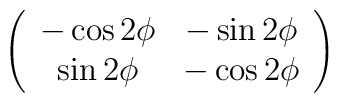
\left( \begin{array}{cc}-\cos 2\phi & -\sin 2 \phi \\\sin 2 \phi & -\cos 2 \phi\end{array} \right)